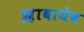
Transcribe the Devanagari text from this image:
झ़ाबायेव